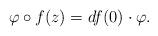
LaTeX: \begin{align*}\varphi\circ f(z)=df(0)\cdot \varphi.\end{align*}